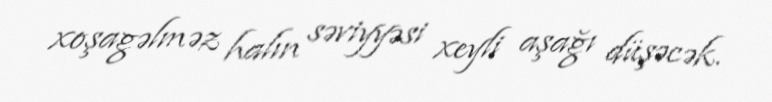
xoşagəlməz halın səviyyəsi xeyli aşağı düşəcək.